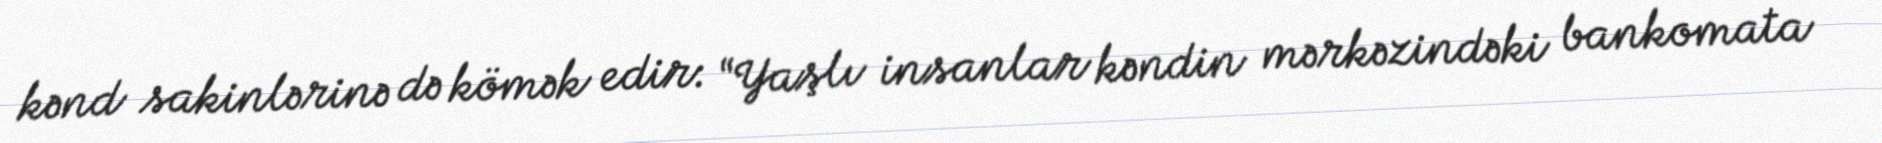
kənd sakinlərinə də kömək edir: “Yaşlı insanlar kəndin mərkəzindəki bankomata